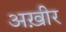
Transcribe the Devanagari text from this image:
अख़ीर